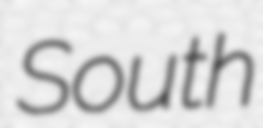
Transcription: South